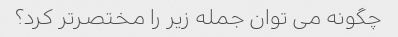
چگونه می توان جمله زیر را مختصرتر کرد؟